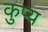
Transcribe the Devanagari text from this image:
कुप्य